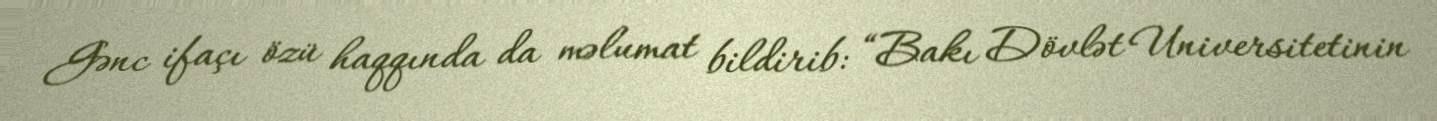
Gənc ifaçı özü haqqında da məlumat bildirib: “Bakı Dövlət Universitetinin